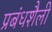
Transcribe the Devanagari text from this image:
प्रबंधशैली